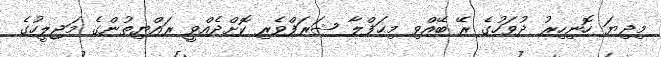
މިދިޔަ ހޮނިހިރު ދުވަހުގެ ރޭ ބޭއްވި މިޙަފްލާ ޝަރަފްވެރި ކޮށްދެއްވީ ރައްޔިތުންގެ މަޖިލީހުގެ